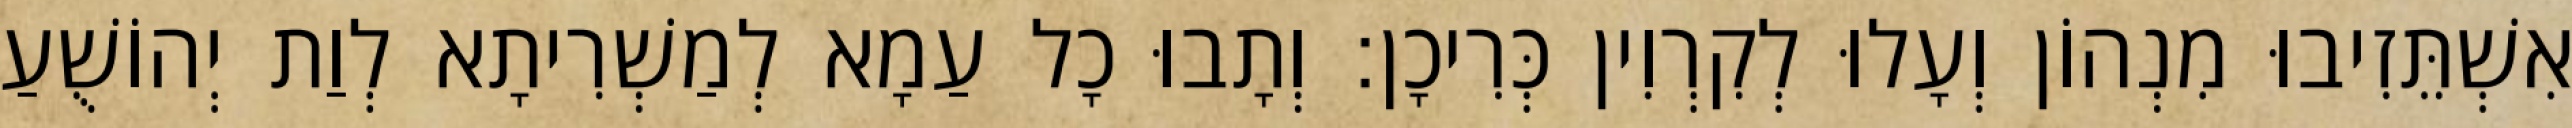
אִשְׁתֵּזִיבוּ מִנְהוֹן וְעָלוּ לְקִרְוִין כְּרִיכָן׃ וְתָבוּ כָל עַמָא לְמַשְׁרִיתָא לְוַת יְהוֹשֻׁעַ